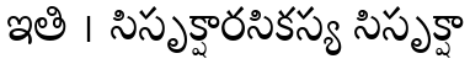
ఇతి । సిసృక్షారసికస్య సిసృక్షా